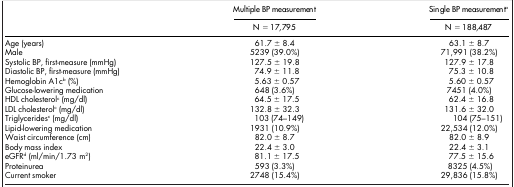
<table><thead><tr><td><b> </b></td><td><b>Multiple BP measurement</b></td><td><b>Single BP measurementa</b></td></tr><tr><td><b> </b></td><td><b>N = 17,795</b></td><td><b>N = 188,487</b></td></tr></thead><tbody><tr><td>Age (years)</td><td>61.7 ± 8.4</td><td>63.1 ± 8.7</td></tr><tr><td>Male</td><td>5239 (39.0%)</td><td>71,991 (38.2%)</td></tr><tr><td>Systolic BP, first-measure (mmHg)</td><td>127.5 ± 19.8</td><td>127.9 ± 17.8</td></tr><tr><td>Diastolic BP, first-measure (mmHg)</td><td>74.9 ± 11.8</td><td>75.3 ± 10.8</td></tr><tr><td>Hemoglobin A1cb (%)</td><td>5.63 ± 0.57</td><td>5.60 ± 0.57</td></tr><tr><td>Glucose-lowering medication</td><td>648 (3.6%)</td><td>7451 (4.0%)</td></tr><tr><td>HDL cholesterolc (mg/dl)</td><td>64.5 ± 17.5</td><td>62.4 ± 16.8</td></tr><tr><td>LDL cholesterolc (mg/dl)</td><td>132.8 ± 32.3</td><td>131.6 ± 32.0</td></tr><tr><td>Triglyceridesc (mg/dl)</td><td>103 (74–149)</td><td>104 (75–151)</td></tr><tr><td>Lipid-lowering medication</td><td>1931 (10.9%)</td><td>22,534 (12.0%)</td></tr><tr><td>Waist circumference (cm)</td><td>82.0 ± 8.7</td><td>82.0 ± 8.9</td></tr><tr><td>Body mass index</td><td>22.4 ± 3.0</td><td>22.4 ± 3.1</td></tr><tr><td>eGFRd (ml/min/1.73 m<sup>2</sup>)</td><td>81.1 ± 17.5</td><td>77.5 ± 15.6</td></tr><tr><td>Proteinurea</td><td>593 (3.3%)</td><td>8325 (4.5%)</td></tr><tr><td>Current smoker</td><td>2748 (15.4%)</td><td>29,836 (15.8%)</td></tr></tbody></table>